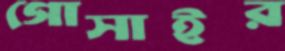
গোসাইর